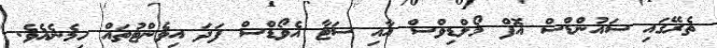
ތެރޭގައި ސައުންޑްސް އޮފް މޯލްޑިވްސް އާއި ސަޓާ އެވޯޑްސް ފަދަ އިވެންޓުތައް ހިމެނެއެވެ.